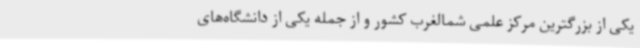
یکی از بزرگترین مرکز علمی شمالغرب کشور و از جمله یکی از دانشگاه‌های